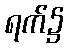
ရက်၌